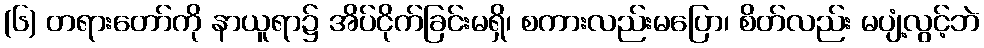
(၆) တရားတော်ကို နာယူရာ၌ အိပ်ငိုက်ခြင်းမရှိ၊ စကားလည်းမပြော၊ စိတ်လည်း မပျံ့လွင့်ဘဲ